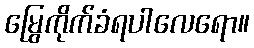
မြွေကိုက်ခံရပါလေရော။